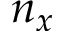
n _ { x }